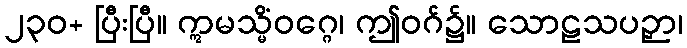
၂၃၀+ ပြီးပြီ။ ဣမသ္မိံဝဂ္ဂေ၊ ဤဝဂ်၌။ သောဠသပဉှာ၊